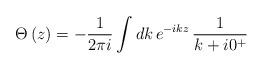
LaTeX: \begin{align*}\Theta \left( z\right) =-\frac{1}{2\pi i}\int dk\,e^{-ikz}\,\frac{1}{k+i0^{+}}\end{align*}